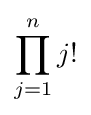
\prod _{j=1}^{n}j!